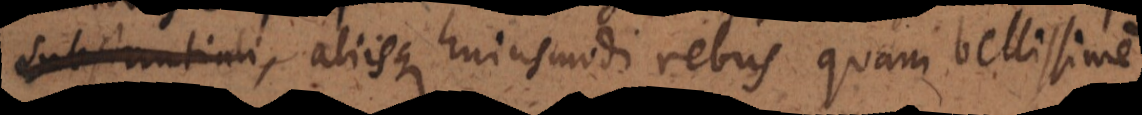
liisque hujusmodi rebus quam bellissime